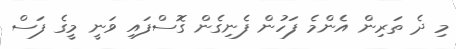
މި ދެ ތަރިން އެންމެ ފަހުން ފެނިގެން ގޮސްފައި ވަނީ މީގެ ފަސް